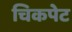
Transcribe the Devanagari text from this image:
चिकपेट